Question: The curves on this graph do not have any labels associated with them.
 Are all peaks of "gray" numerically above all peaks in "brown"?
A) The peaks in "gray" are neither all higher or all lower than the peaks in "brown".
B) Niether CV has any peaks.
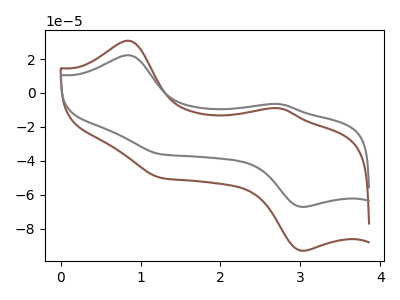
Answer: <think>The brown curve "brown" has anodic peaks at (0.85V, 30.80uA) (2.75V, -9.10uA) and cathodic peaks at (3.05V, -92.95uA) (1.25V, -49.95uA). The gray curve "gray" has anodic peaks at (0.85V, 22.25uA) (2.75V, -6.55uA) and cathodic peaks at (3.05V, -67.10uA) (1.25V, -36.10uA).</think>
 <answer>A) The peaks in "gray" are neither all higher or all lower than the peaks in "brown".</answer>
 <eval>A</eval>